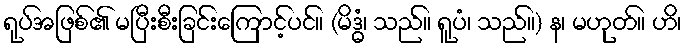
ရုပ်အဖြစ်၏ မပြီးစီးခြင်းကြောင့်ပင်။ (မိဒ္ဓံ၊ သည်။ ရူပံ၊ သည်။) န၊ မဟုတ်။ ဟိ၊